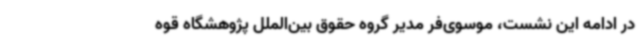
در ادامه این نشست، موسوی‌فر مدیر گروه حقوق بین‌الملل پژوهشگاه قوه